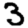
Digit: 3